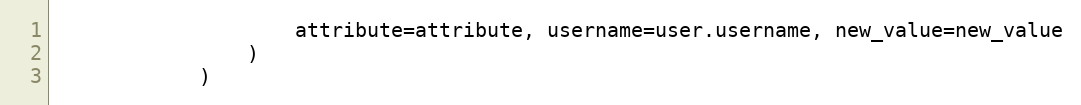
Language: Python
                    attribute=attribute, username=user.username, new_value=new_value
                )
            )